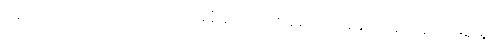
နောက်ကာလ၌။ ဥပ္ပါဒါဒိအဘိမုခံ၊ ဥပါဒ်အစရှိသော အခိုက်အတန့်သို့ ရှေးရှု။